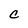
Character: C